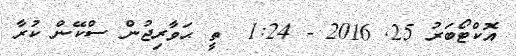
އޮކްޓޯބަރު 25